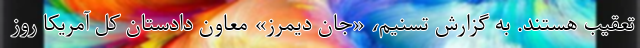
تعقیب هستند. به گزارش تسنیم، «جان دیمرز» معاون دادستان کل آمریکا روز